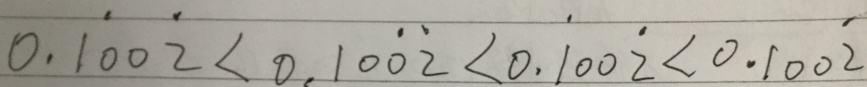
0 . \dot { 1 } 0 0 \dot { 2 } < 0 . 1 0 \dot { 0 } \dot { 2 } < 0 . \dot { 1 } 0 0 \dot { 2 } < 0 . 1 0 0 \dot { 2 }